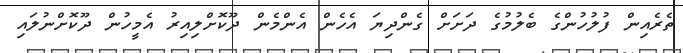
ތެރެއިން ފުލުހުންގެ ބެލުމުގެ ދަށަށް ގެންދިޔަ އެހެން އެންމެން ދޫކޮށްލިއިރު އެމީހުން ދޫކޮށްނުލައި